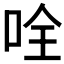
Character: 𠱴